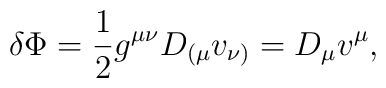
\delta \Phi = \frac{1}{2} g^{\mu\nu}D_{ ( \mu}v_{\nu )} = D_{\mu}v^{\mu},